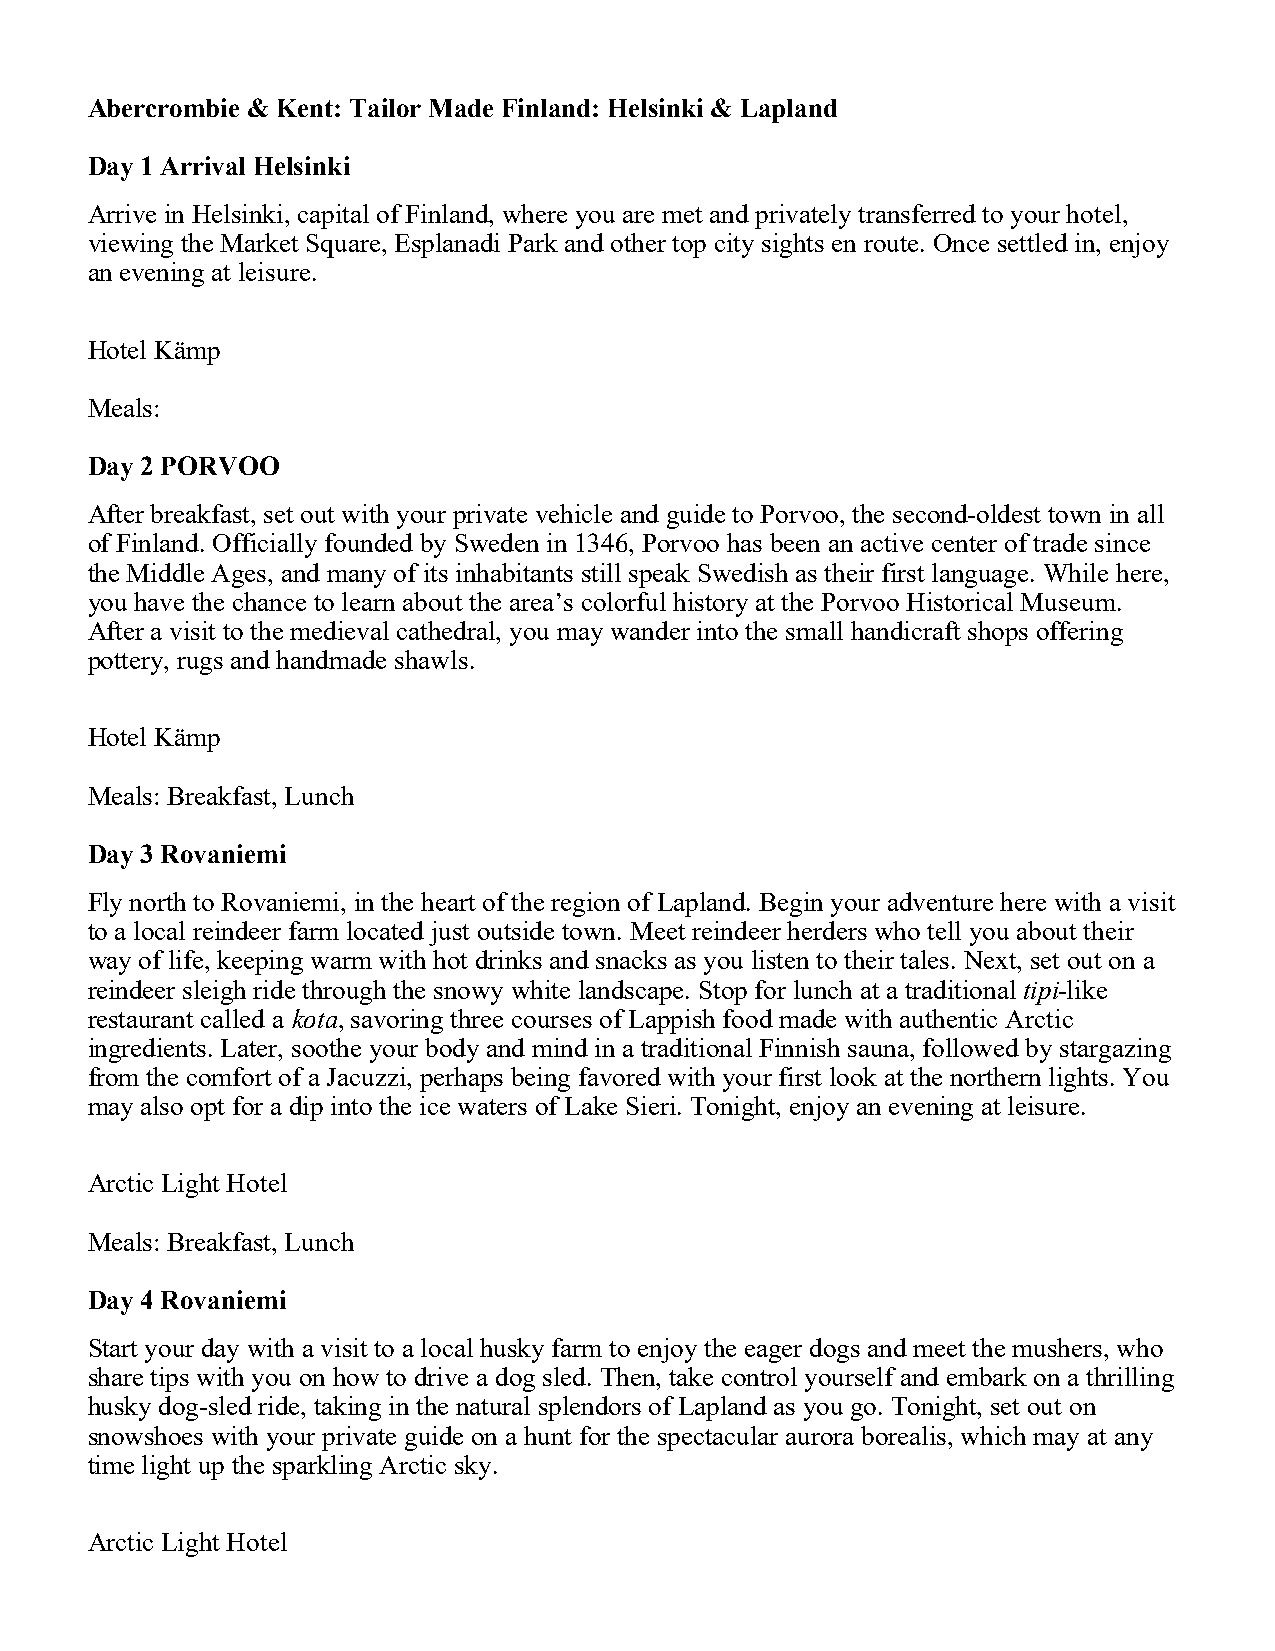
Abercrombie & Kent: Tailor Made Finland: Helsinki & Lapland
 Day 1 Arrival Helsinki
 Arrive in Helsinki, capital of Finland, where you are met and privately transferred to your hotel,
 viewing the Market Square, Esplanadi Park and other top city sights en route. Once settled in, enjoy
 an evening at leisure.
 Hotel Kämp
 Meals:
 Day 2 PORVOO
 After breakfast, set out with your private vehicle and guide to Porvoo, the second-oldest town in all
 of Finland. Officially founded by Sweden in 1346, Porvoo has been an active center of trade since
 the Middle Ages, and many of its inhabitants still speak Swedish as their first language. While here,
 you have the chance to learn about the area’s colorful history at the Porvoo Historical Museum.
 After a visit to the medieval cathedral, you may wander into the small handicraft shops offering
 pottery, rugs and handmade shawls.
 Hotel Kämp
 Meals: Breakfast, Lunch
 Day 3 Rovaniemi
 Fly north to Rovaniemi, in the heart of the region of Lapland. Begin your adventure here with a visit
 to a local reindeer farm located just outside town. Meet reindeer herders who tell you about their
 way of life, keeping warm with hot drinks and snacks as you listen to their tales. Next, set out on a
 reindeer sleigh ride through the snowy white landscape. Stop for lunch at a traditional tipi-like
 restaurant called a kota, savoring three courses of Lappish food made with authentic Arctic
 ingredients. Later, soothe your body and mind in a traditional Finnish sauna, followed by stargazing
 from the comfort of a Jacuzzi, perhaps being favored with your first look at the northern lights. You
 may also opt for a dip into the ice waters of Lake Sieri. Tonight, enjoy an evening at leisure.
 Arctic Light Hotel
 Meals: Breakfast, Lunch
 Day 4 Rovaniemi
 Start your day with a visit to a local husky farm to enjoy the eager dogs and meet the mushers, who
 share tips with you on how to drive a dog sled. Then, take control yourself and embark on a thrilling
 husky dog-sled ride, taking in the natural splendors of Lapland as you go. Tonight, set out on
 snowshoes with your private guide on a hunt for the spectacular aurora borealis, which may at any
 time light up the sparkling Arctic sky.
 Arctic Light Hotel